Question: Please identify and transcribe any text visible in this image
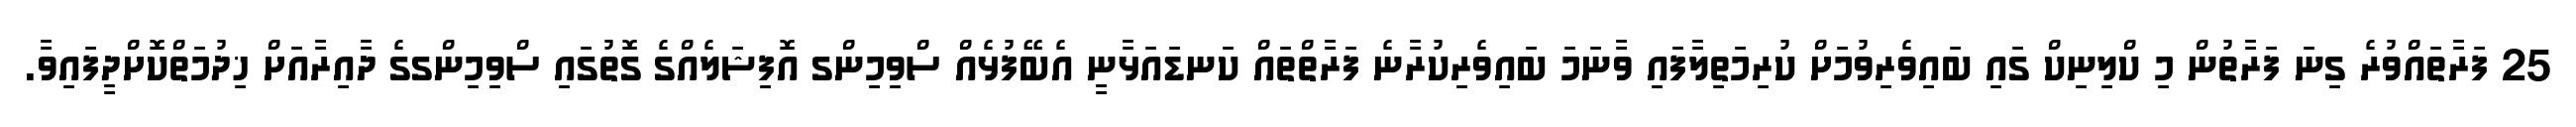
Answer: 25 ފަރާތައްވުރެ ގިނަ ފަރާތުން މި ކްލިނިކް ގައި ބައިވެރިވުމަށް ކުރިމަތިލާފައި ވާނަމަ ބައިވެރިކުރާނެ ފަރާތްތައް ކަނޑައަޅާނީ އެބޭފުޅެއް ސްވިމިންގ އޮފިޝަލެއްގެ ގޮތުގައި ސްވިމިންގގެ ދާއިރާއަށް ޚިދުމަތްކޮށްދީފައިވާ.